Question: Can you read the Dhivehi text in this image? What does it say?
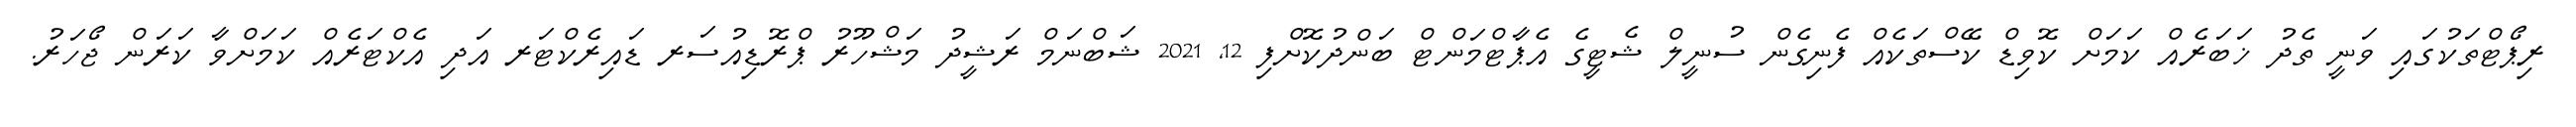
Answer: ރިޕޯޓްތަކުގައި ވަނީ ތެދު ޚަބަރެއް ކަމަށް ކޮވިޑް ކޭސްތަކެއް ފެނިގެން ސުނީލް ޝެޓީގެ އެޕާޓްމަންޓް ބަންދުކޮށްފި 12, 2021 ޝަބްނަމް ރަޝީދު މަޝްހޫރު ޕްރޮޑިއުސަރ ޑައިރެކްޓަރ އަދި އެކްޓަރެއް ކަމަށްވާ ކަރަން ޖޯހަރު.